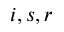
i , s , r